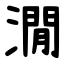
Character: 㵎